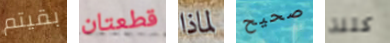
بقيتم قطعتان لماذا صحيح كتلة